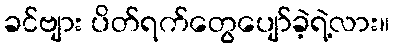
ခင်ဗျား ပိတ်ရက်တွေပျော်ခဲ့ရဲ့လား။